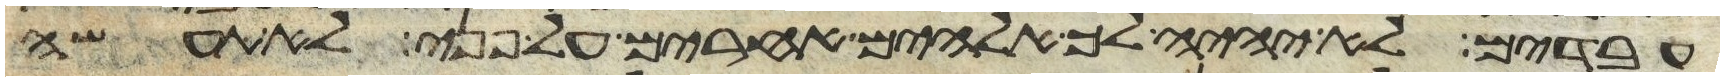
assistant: עבדים לא יהיה לך אלהים אחרים על פני לא תעשה